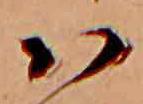
ハ